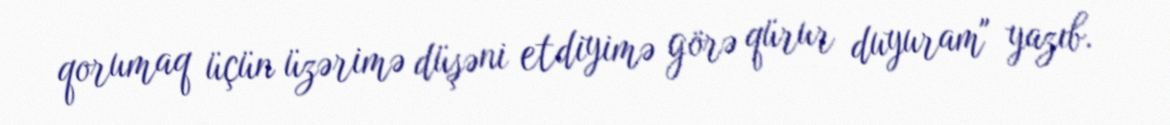
qorumaq üçün üzərimə düşəni etdiyimə görə qürur duyuram" yazıb.